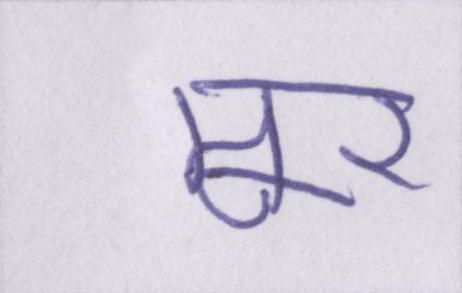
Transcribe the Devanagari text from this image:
मूर